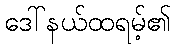
ဒေါ်နယ်ထရမ့်၏